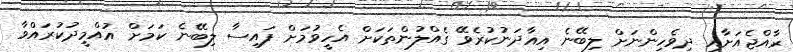
ރާއްޖެއަށާއި ދިވެހިންނަށް ލިބޭނެ އިއާދަނުކުރެވޭ ގެއްލުންތަކަށް އެހީވުމަށް ފައިސާ ލިބޭނެ ކަމަށް އުއްމީދުކުރައްވާ